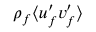
\rho _ { f } \langle u _ { f } ^ { \prime } v _ { f } ^ { \prime } \rangle